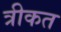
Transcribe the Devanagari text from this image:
त्रीकत